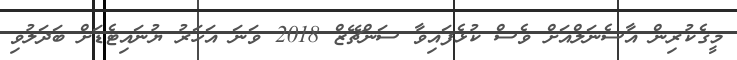
މީގެކުރިން އާސެނަލްއަށް ވެސް ކުޅެފައިވާ ސަންޗޭޒް 2018 ވަނަ އަހަރު ޔުނައިޓެޑަށް ބަދަލުވި